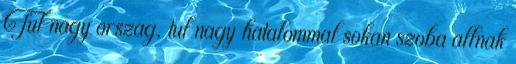
Tul nagy orszag, tul nagy hatalommal sokan szoba allnak